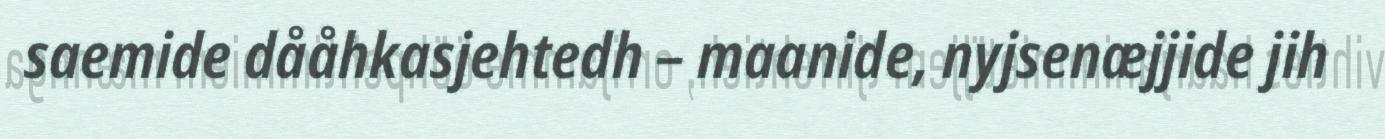
saemide dååhkasjehtedh – maanide, nyjsenæjjide jih